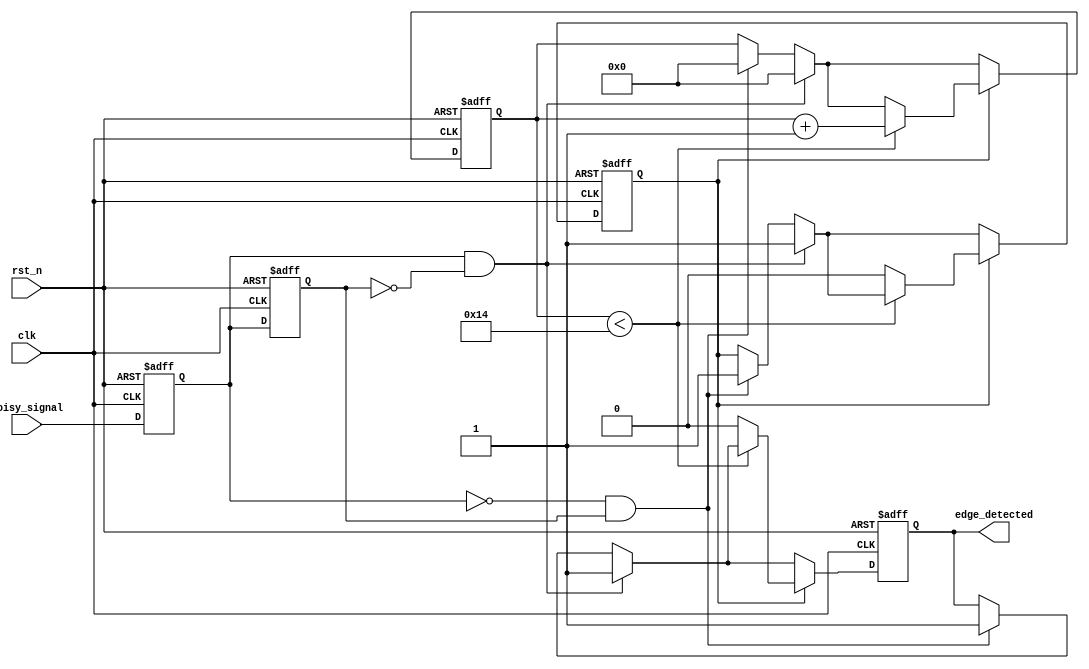
module DebouncedEdgeDetector (
    input wire clk,                // Clock input
    input wire rst_n,              // Active low reset
    input wire noisy_signal,        // Noisy input signal
    output reg edge_detected        // Output signal indicating edge detection
);

    // Parameters for debounce timing
    parameter DEBOUNCE_TIME = 20;  // Adjust this value based on your clock frequency

    // State storage
    reg current_state;              // Current state of the input signal
    reg previous_state;             // Previous state of the input signal
    reg [4:0] debounce_counter;     // Counter for debounce timing
    reg debounce_active;            // Indicates if debounce is active

    // Sequential logic for state storage and edge detection
    always @(posedge clk or negedge rst_n) begin
        if (!rst_n) begin
            current_state <= 0;
            previous_state <= 0;
            edge_detected <= 0;
            debounce_counter <= 0;
            debounce_active <= 0;
        end else begin
            // Update states
            previous_state <= current_state;
            current_state <= noisy_signal;

            // Edge detection logic
            if (current_state && !previous_state) begin
                // Rising edge detected
                edge_detected <= 1;
                debounce_counter <= 0;
                debounce_active <= 1;
            end else if (!current_state && previous_state) begin
                // Falling edge detected
                edge_detected <= 1;
                debounce_counter <= 0;
                debounce_active <= 1;
            end

            // Debounce logic
            if (debounce_active) begin
                if (debounce_counter < DEBOUNCE_TIME) begin
                    debounce_counter <= debounce_counter + 1;
                end else begin
                    debounce_active <= 0;
                    edge_detected <= 0; // Reset edge detected after debounce time
                end
            end
        end
    end

endmodule